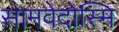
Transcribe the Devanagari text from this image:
सामवेदोस्मि